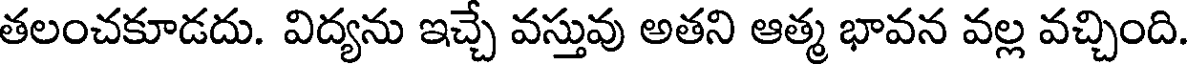
తలంచకూడదు. విద్యను ఇచ్చే వస్తువు అతని ఆత్మ భావన వల్ల వచ్చింది